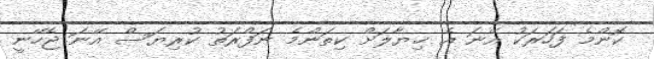
ކޮންމެ ފަހަރަކު އޭނަ އެ ޚިޔާލަށް ކިތަންމެ ނަފްރަތު ކުރިޔަސް އޭނަ ޖެހޭނީ